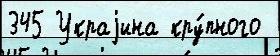
345 Украjина кру́пного